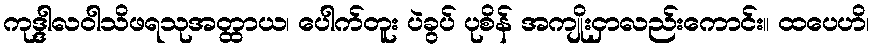
ကုဒ္ဒါလဝါသိဖရသုအတ္ထာယ၊ ပေါက်တူး ပဲခွပ် ပုစိန် အကျိုးငှာလည်းကောင်း။ ထပေဟိ၊